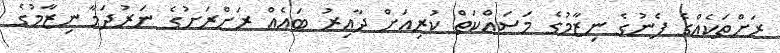
ރަށްތަކެއްގެ ފެނުގެ ނިޒާމުގެ މަސައްކަތް ކުރިއަށް ދާއިރު ބައެއް ރަށްރަށުގެ ނަރުދަމާ ނިޒާމުގެ